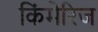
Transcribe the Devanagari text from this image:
किंमेरिज